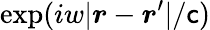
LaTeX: \exp(iw|\boldsymbol{r}-\boldsymbol{r}^{\prime}|/\mathsf{c})